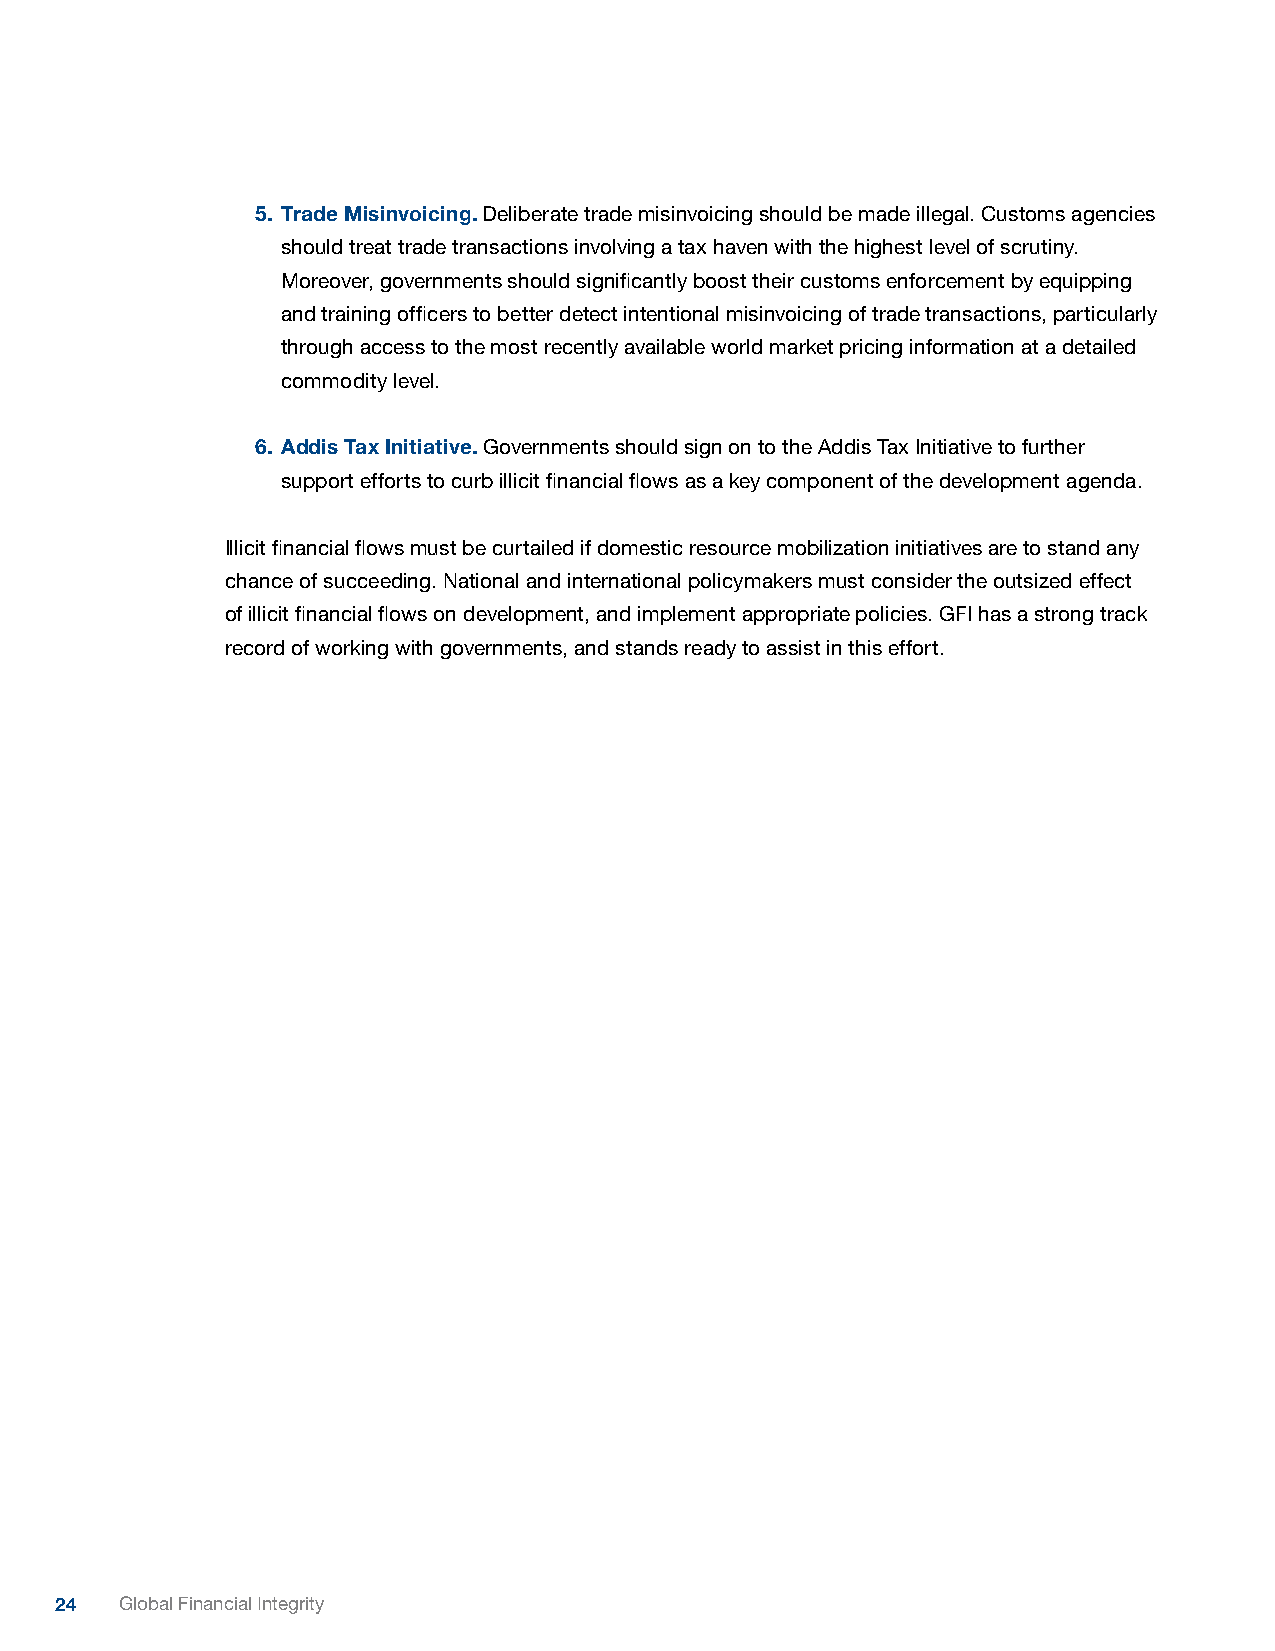
5. Trade Misinvoicing. Deliberate trade misinvoicing should be made illegal. Customs agencies
 should treat trade transactions involving a tax haven with the highest level of scrutiny.
 Moreover, governments should significantly boost their customs enforcement by equipping
 and training officers to better detect intentional misinvoicing of trade transactions, particularly
 through access to the most recently available world market pricing information at a detailed
 commodity level.
 6. Addis Tax Initiative. Governments should sign on to the Addis Tax Initiative to further
 support efforts to curb illicit financial flows as a key component of the development agenda.
 Illicit financial flows must be curtailed if domestic resource mobilization initiatives are to stand any
 chance of succeeding. National and international policymakers must consider the outsized effect
 of illicit financial flows on development, and implement appropriate policies. GFI has a strong track
 record of working with governments, and stands ready to assist in this effort.
 24  Global Financial Integrity